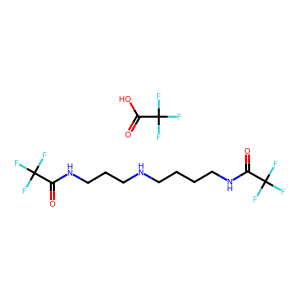
SMILES: O=C(NCCCCNCCCNC(=O)C(F)(F)F)C(F)(F)F.O=C(O)C(F)(F)F
Inhibits HIV replication: No